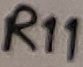
Text: R11